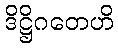
ဒိဋ္ဌိဂတေဟိ